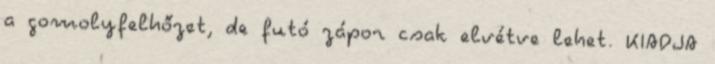
a gomolyfelhőzet, de futó zápor csak elvétve lehet. KIADJA